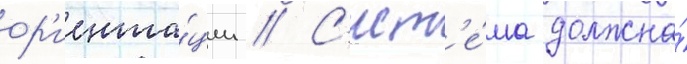
ор'иента́ции // С'ист'е́ма должна́